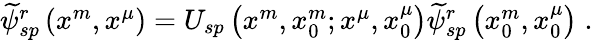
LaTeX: \begin{array}{r}{\widetilde{\psi}_{sp}^{r}\left(x^{m},x^{\mu}\right)=U_{sp}\left(x^{m},x_{0}^{m};x^{\mu},x_{0}^{\mu}\right)\widetilde{\psi}_{sp}^{r}\left(x_{0}^{m},x_{0}^{\mu}\right)\; .}\end{array}